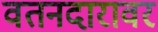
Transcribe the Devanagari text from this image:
वतनदारावर